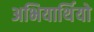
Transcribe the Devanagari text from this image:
अभियार्थियो